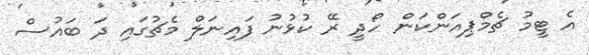
އެ ޓީމު ޗެމްޕިއަންކަން ހޯދީ ރޭ ކުޅުނު ފައިނަލް މެޗުގައި ދަ ބައުސް